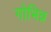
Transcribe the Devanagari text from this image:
गोभिन्न